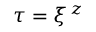
\tau = \xi ^ { \, z }